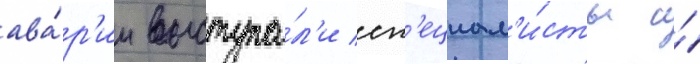
ава́р'ии выступа́л'и сп'ециал'и́сты и́